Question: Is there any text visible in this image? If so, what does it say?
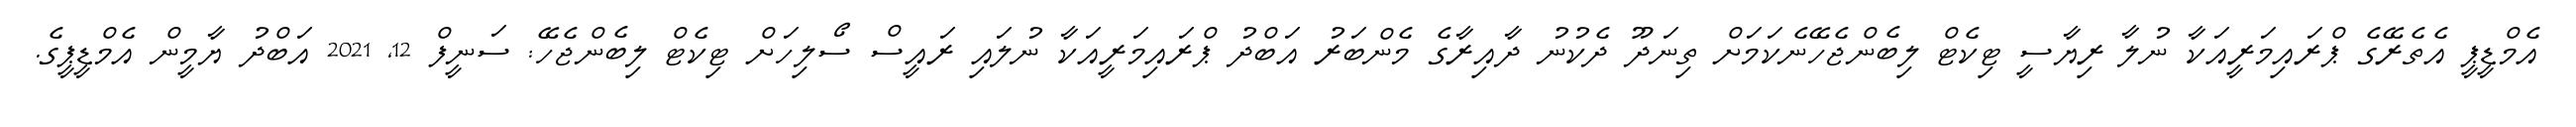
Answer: އެމްޑީޕީ އެތެރޭގެ ޕްރައިމަރީއަކާ ނުލާ ރިޔާސީ ޓިކެޓް ލިބެންޖެހޭނެކަމަށް ތިނަދޫ ދެކުނު ދާއިރާގެ މެންބަރު އަބްދު ޕްރައިމަރީއަކާ ނުލައި ރައީސް ސޯލިހަށް ޓިކެޓް ލިބެންޖެހޭ: ސަނީފް 12, 2021 އަބްދު ޔާމީން އެމްޑީޕީގެ.